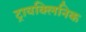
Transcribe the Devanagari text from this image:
ट्रायक्लिनिक